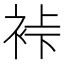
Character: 裃